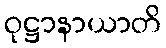
ဝုဋ္ဌာနာယာတိ